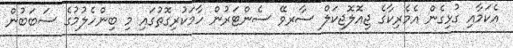
އެކަމާއި ގުޅިގެން އެމެރިކާގެ ޖިއޮލޮޖިކަލް ސާރވޭ ސެންޓަރުން ހާމަކުރިގޮތުގައި މި ބިންހެލުމުގެ ސަބަބުން